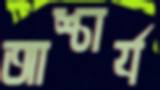
আশ্চার্য